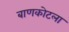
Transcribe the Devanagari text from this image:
बाणकोटला